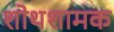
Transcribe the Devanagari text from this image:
शोथशामक